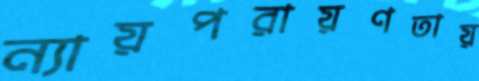
ন্যায়পরায়ণতায়